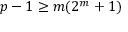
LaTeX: p - 1 \geq m ( 2 ^ { m } + 1 )